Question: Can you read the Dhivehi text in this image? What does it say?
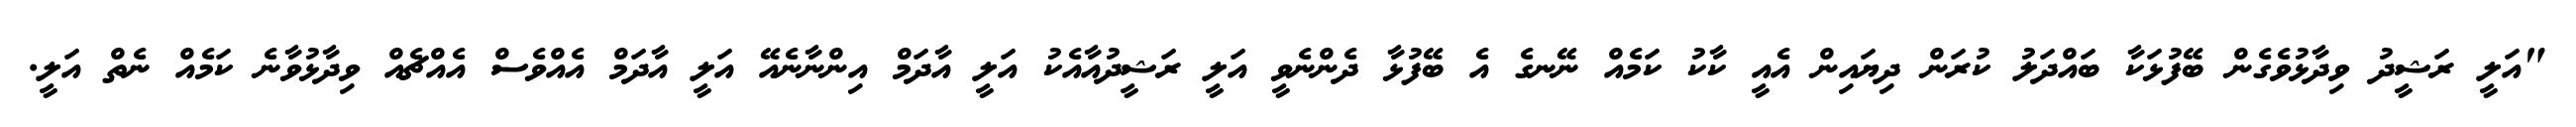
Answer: "އަލީ ރަޝީދު ވިދާޅުވެގެން ބޭފުޅަކާ ބައްދަލު ކުރަން ދިޔައިން އެއީ ކާކު ކަމެއް ނޭނގެ އެ ބޭފުޅާ ދެންނެވީ އަލީ ރަޝީދުއާއެކު އަލީ އާދަމް އިންނާނެއޭ އަލީ އާދަމް އެއްވެސް އެއްޗެއް ވިދާޅުވާނެ ކަމެއް ނެތް އަލީ.